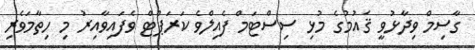
ގާސިމް ވިދާޅުވީ ޤައުމުގެ މުޅި ސިސްޓަމް ފެއިލްވެ ކަރަޕްޓް ވެފައިވާއިރު މި ހިތާމަވެރި